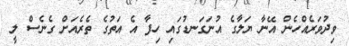
ވިދުވަރެއްހެން އޭނާ ޔަލާގެ އުނަގަނޑުގައި ހިފާ އެ އަތުގެ ތެރެއަށް ގެނެސް ލީ